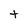
Character: t